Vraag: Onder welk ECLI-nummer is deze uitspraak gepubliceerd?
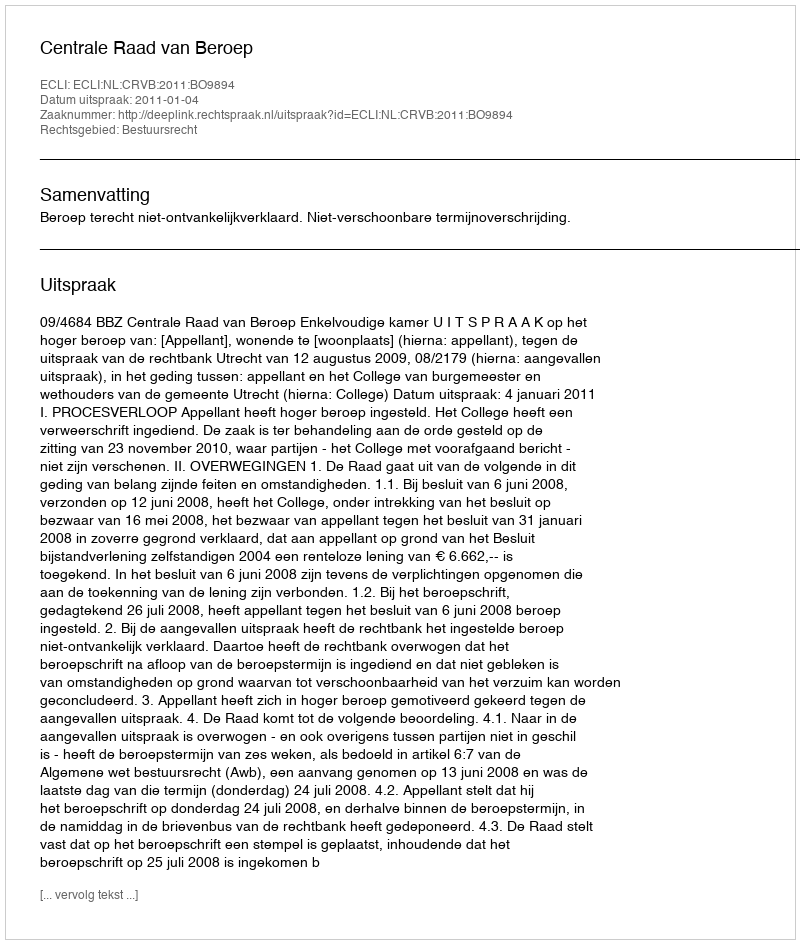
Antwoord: ECLI:NL:CRVB:2011:BO9894